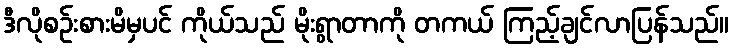
ဒီလိုစဉ်းစားမိမှပင် ကိုယ်သည် မိုးရွာတာကို တကယ် ကြည့်ချင်လာပြန်သည်။